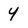
Character: 4